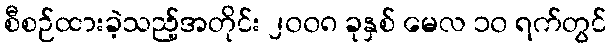
စီစဉ်ထားခဲ့သည့်အတိုင်း ၂၀၀၈ ခုနှစ် မေလ ၁၀ ရက်တွင်